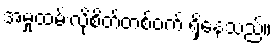
အမှုထမ်းလိုစိတ်တစ်ဝက် ရှိနေသည်။